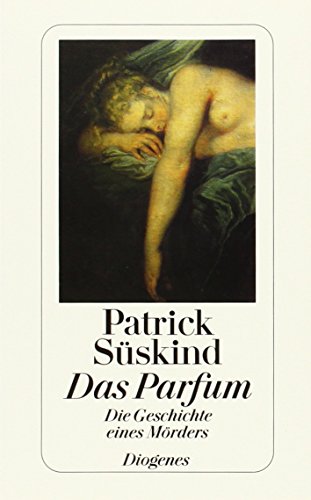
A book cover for Das Parfum: Die Geschichte Eines Morders (Fiction, Poetry & Drama) (German Edition); Patrick Suskind; Arts & Photography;